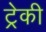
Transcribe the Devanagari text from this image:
ट्रेकी